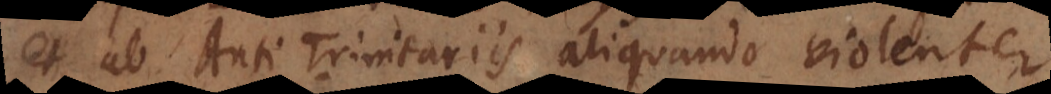
et ab Anti‐Trinitariis aliquando violenter